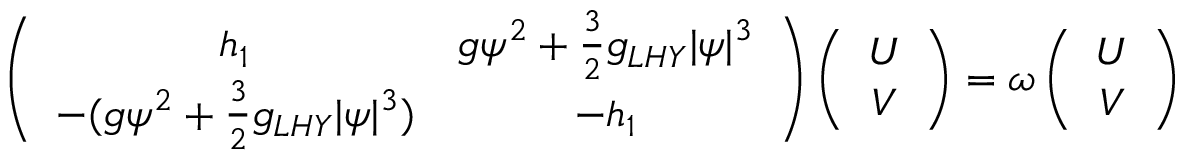
\begin{array} { r } { \left( \begin{array} { c c c c } { h _ { 1 } } & { g \psi ^ { 2 } + \frac { 3 } { 2 } g _ { L H Y } | \psi | ^ { 3 } } \\ { - ( g \psi ^ { 2 } + \frac { 3 } { 2 } g _ { L H Y } | \psi | ^ { 3 } ) } & { - h _ { 1 } } \end{array} \right) \left( \begin{array} { c } { U } \\ { V } \end{array} \right) = \omega \left( \begin{array} { c } { U } \\ { V } \end{array} \right) } \end{array}